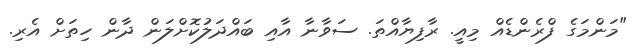
"މަންމަގެ ފްރެންޑެއް މިއީ. ރާފިޔާއްތަ. ސަވާނާ އާއި ބައްދަލުކޮށްލަން ދާން ހިތަށް އެރި.